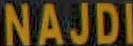
NAJDI